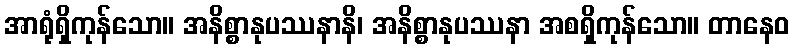
အာရုံရှိကုန်သော။ အနိစ္စာနုပဿနာနိ၊ အနိစ္စာနုပဿနာ အစရှိကုန်သော။ တာနေဝ